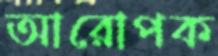
আরোপক